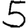
Digit: 5